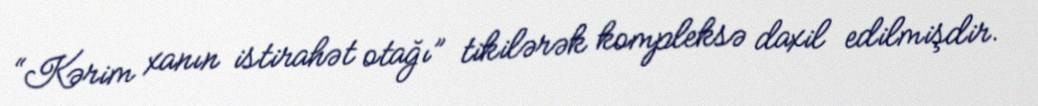
“Kərim xanın istirahət otağı” tikilərək kompleksə daxil edilmişdir.